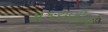
મકરાણીની